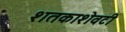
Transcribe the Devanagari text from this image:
शतकाशेवटी